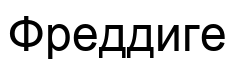
Фреддиге